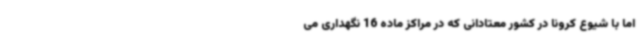
اما با شیوع کرونا در کشور معتادانی که در مراکز ماده 16 نگهداری می